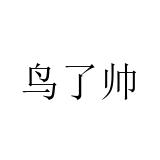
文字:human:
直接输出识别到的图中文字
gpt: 鸟了帅